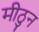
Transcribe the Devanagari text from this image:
मीठुन